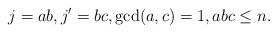
\begin{align*} j=ab,j'=bc,\gcd(a,c)=1,abc\le n.\end{align*}